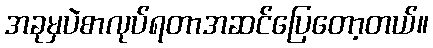
အခုမှပဲစာလုပ်ရတာအဆင်ပြေတော့တယ်။